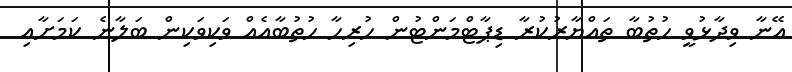
އޭނާ ވިދާޅުވީ ހުތުބާ ތައްޔާރުކުރާ ޑިޕާޓްމަންޓުން ހުރިހާ ހުތުބާއެއް ވަކިވަކިން ބަލާނެ ކަމަށާއި